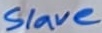
Text: Slave